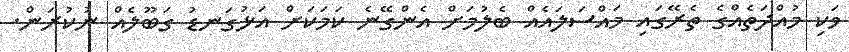
ވަކި މުއްދަތެއްގެ ތެރޭގައި މައްސަލައެއް ބެލުމަށް އެންގޭނެ ކަމަކަށް އަޅުގަނޑު ގަބޫލެއް ނުކުރަން.